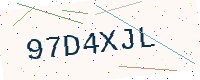
Text: 97D4XJL